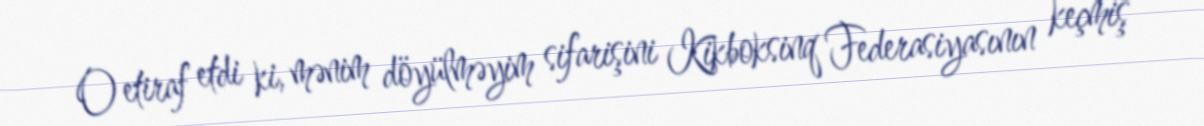
O etiraf etdi ki, mənim döyülməyim sifarişini Kikboksinq Federasiyasının keçmiş